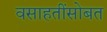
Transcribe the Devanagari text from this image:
वसाहतींसोबत